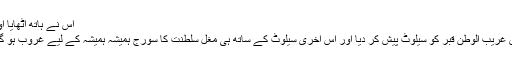
اس نے ہاتھ اٹھایا اور
اس غریبْ الوطن قبر کو سیلوٹ پیش کر دیا اور اس آخری سیلوٹ کے ساتھ ہی مغل سلطنت کا سورج ہمیشہ ہمیشہ کے لیے غروب ہو گیا۔